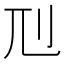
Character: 𠚯